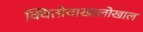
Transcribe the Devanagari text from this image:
क्वितोवाखालोखाल